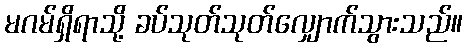
မဂမ်ရှိရာသို့ ခပ်သုတ်သုတ်လျှောက်သွားသည်။